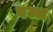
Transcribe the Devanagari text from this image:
वज्ज